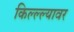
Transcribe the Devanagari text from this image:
किल्ल्ल्यावर